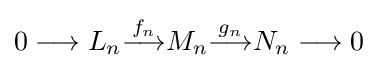
0\longrightarrow L_{n}{\overset {f_{n}}{\longrightarrow }}M_{n}{\overset {g_{n}}{\longrightarrow }}N_{n}\longrightarrow 0